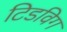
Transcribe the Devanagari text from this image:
टिडविग